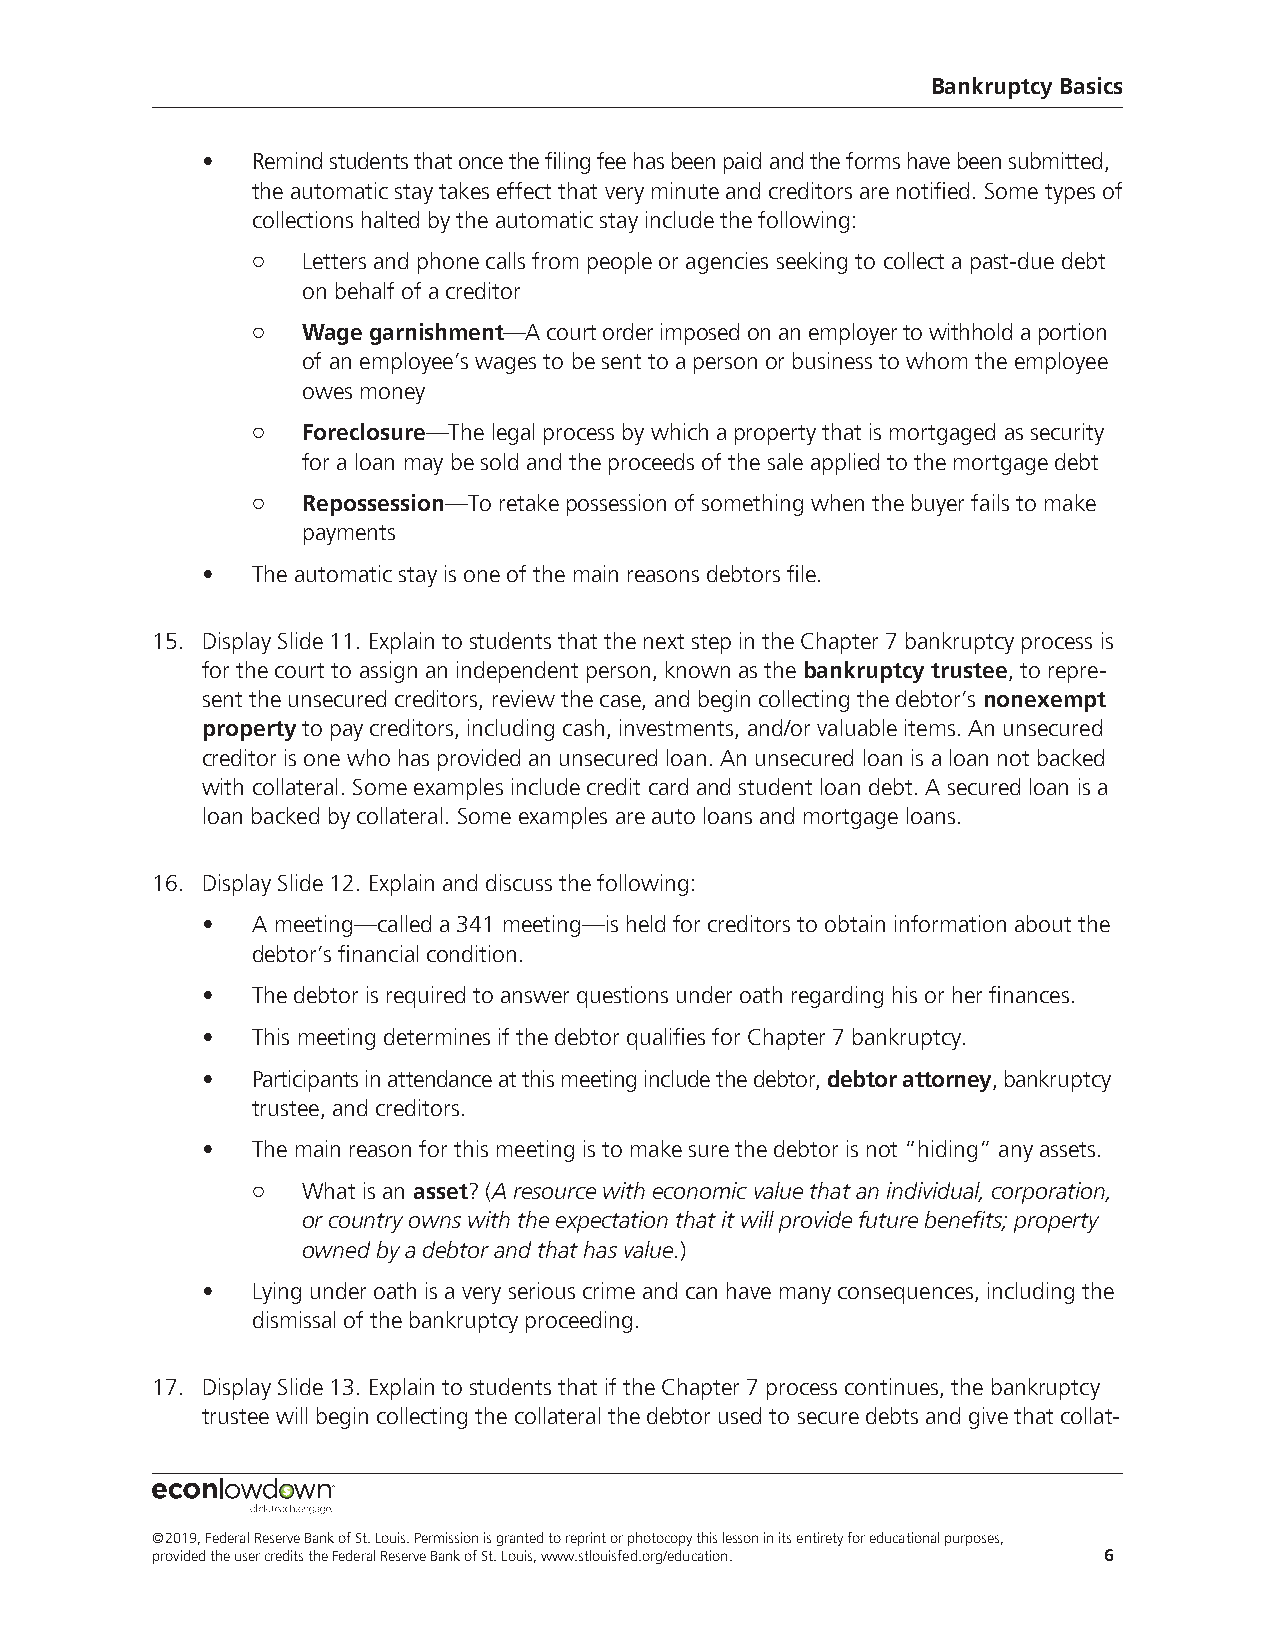
Bankruptcy Basics
 •   Remind students that once the filing fee has been paid and the forms have been submitted,
 the automatic stay takes effect that very minute and creditors are notified. Some types of
 collections halted by the automatic stay include the following:
 ¡  Letters and phone calls from people or agencies seeking to collect a past-due debt
 on behalf of a creditor
 ¡  Wage garnishment—A court order imposed on an employer to withhold a portion
 of an employee’s wages to be sent to a person or business to whom the employee
 owes money
 ¡  Foreclosure—The legal process by which a property that is mortgaged as security
 for a loan may be sold and the proceeds of the sale applied to the mortgage debt
 ¡  Repossession—To retake possession of something when the buyer fails to make
 payments
 •   The automatic stay is one of the main reasons debtors file.
 15. Display Slide 11. Explain to students that the next step in the Chapter 7 bankruptcy process is
 for the court to assign an independent person, known as the bankruptcy trustee, to repre-
 sent the unsecured creditors, review the case, and begin collecting the debtor’s nonexempt
 property to pay creditors, including cash, investments, and/or valuable items. An unsecured
 creditor is one who has provided an unsecured loan. An unsecured loan is a loan not backed
 with collateral. Some examples include credit card and student loan debt. A secured loan is a
 loan backed by collateral. Some examples are auto loans and mortgage loans.
 16. Display Slide 12. Explain and discuss the following:
 •   A meeting—called a 341 meeting—is held for creditors to obtain information about the
 debtor’s financial condition.
 •   The debtor is required to answer questions under oath regarding his or her finances.
 •   This meeting determines if the debtor qualifies for Chapter 7 bankruptcy.
 •   Participants in attendance at this meeting include the debtor, debtor attorney, bankruptcy
 trustee, and creditors.
 •   The main reason for this meeting is to make sure the debtor is not “hiding” any assets.
 ¡  What is an asset? (A resource with economic value that an individual, corporation,
 or country owns with the expectation that it will provide future benefits; property
 owned by a debtor and that has value.)
 •   Lying under oath is a very serious crime and can have many consequences, including the
 dismissal of the bankruptcy proceeding.
 17. Display Slide 13. Explain to students that if the Chapter 7 process continues, the bankruptcy
 trustee will begin collecting the collateral the debtor used to secure debts and give that collat-
 ©2019, Federal Reserve Bank of St. Louis. Permission is granted to reprint or photocopy this lesson in its entirety for educational purposes,
 provided the user credits the Federal Reserve Bank of St. Louis, www.stlouisfed.org/education. 6